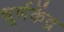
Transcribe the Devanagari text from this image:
धूर्णकेंद्र